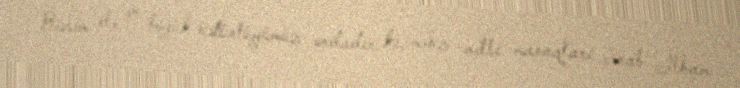
Bizim elə ən böyük üstünlüyümüz ondadır ki, məhz milli maraqları cənab İlham